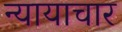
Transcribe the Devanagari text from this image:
न्यायाचार